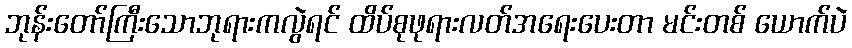
ဘုန်းတော်ကြီးသောဘုရားကလွဲရင် ထိပ်စုဖုရားလတ်အရေးပေးတာ မင်းတစ် ယောက်ပဲ